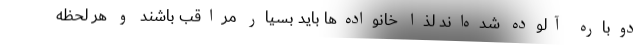
دوباره آلوده شده‌اند لذا خانواده‌ها باید بسیار مراقب باشند و هر لحظه